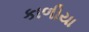
કાળીયા